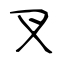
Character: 叉